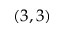
( 3 , 3 )